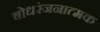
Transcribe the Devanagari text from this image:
बोधरंजनात्मक